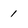
Character: 1